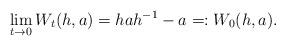
LaTeX: \begin{align*} \lim_{t\to 0} W_t(h,a)=hah^{-1}-a=:W_0(h,a). \end{align*}